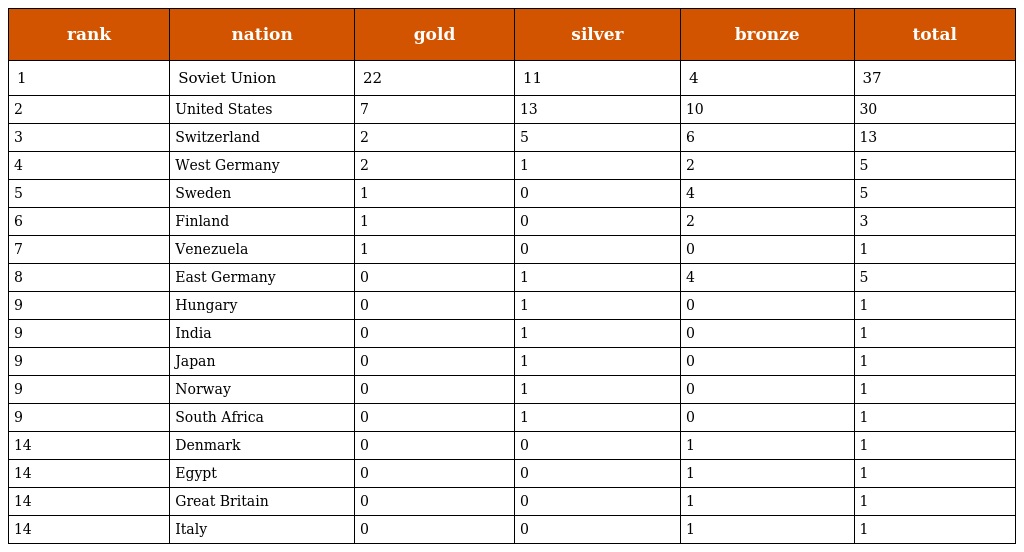
| rank | nation | gold | silver | bronze | total |
 | --- | --- | --- | --- | --- | --- |
 | 1 | Soviet Union | 22 | 11 | 4 | 37 |
 | 2 | United States | 7 | 13 | 10 | 30 |
 | 3 | Switzerland | 2 | 5 | 6 | 13 |
 | 4 | West Germany | 2 | 1 | 2 | 5 |
 | 5 | Sweden | 1 | 0 | 4 | 5 |
 | 6 | Finland | 1 | 0 | 2 | 3 |
 | 7 | Venezuela | 1 | 0 | 0 | 1 |
 | 8 | East Germany | 0 | 1 | 4 | 5 |
 | 9 | Hungary | 0 | 1 | 0 | 1 |
 | 9 | India | 0 | 1 | 0 | 1 |
 | 9 | Japan | 0 | 1 | 0 | 1 |
 | 9 | Norway | 0 | 1 | 0 | 1 |
 | 9 | South Africa | 0 | 1 | 0 | 1 |
 | 14 | Denmark | 0 | 0 | 1 | 1 |
 | 14 | Egypt | 0 | 0 | 1 | 1 |
 | 14 | Great Britain | 0 | 0 | 1 | 1 |
 | 14 | Italy | 0 | 0 | 1 | 1 |